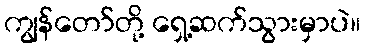
ကျွန်တော်တို့ ရှေ့ဆက်သွားမှာပဲ။